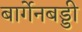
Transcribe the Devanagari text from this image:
बार्गेनबड्डी